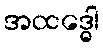
အထဒ္ဓေါ